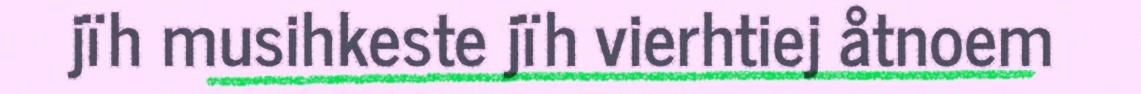
jïh musihkeste jïh vierhtiej åtnoem